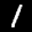
Label: 1